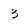
Character: 3